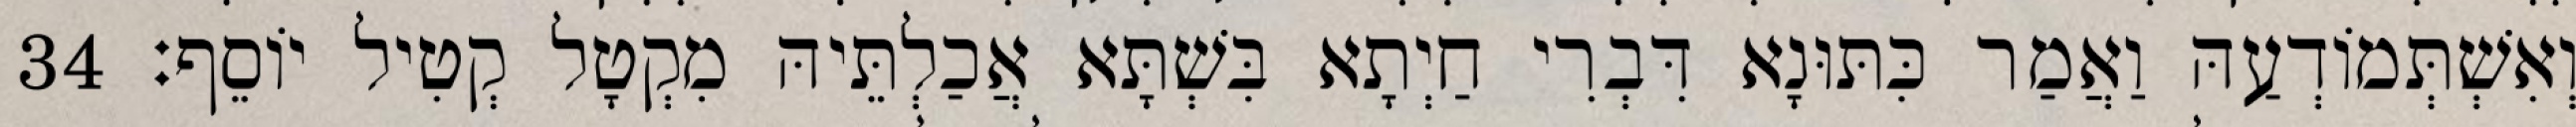
וְאִשְׁתְּמוֹדְעַהּ וַאֲמַר כִּתּוּנָא דִּבְרִי חַיְתָא בִּשְׁתָּא אֲכַלְתֵּיהּ מִקְטָל קְטִיל יוֹסֵף׃ 34